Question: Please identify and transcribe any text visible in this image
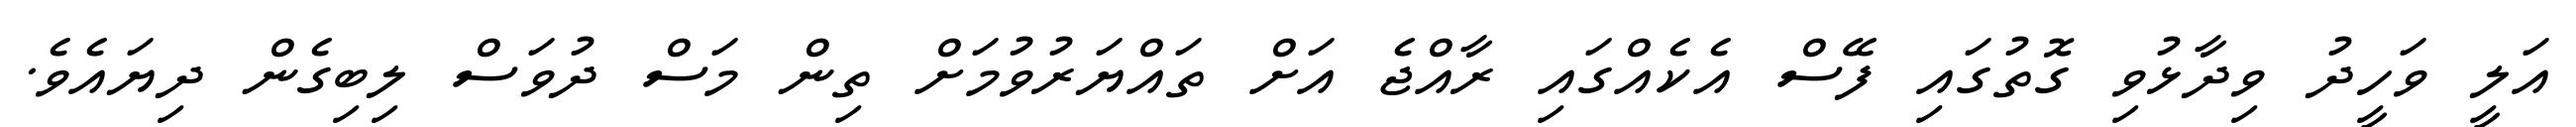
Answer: އަލީ ވަހީދު ވިދާޅުވި ގޮތުގައި ފޭސް އެކެއްގައި ރާއްޖެ އަށް ތައްޔަރުވުމަށް ތިން މަސް ދުވަސް ލިބިގެން ދިޔައެވެ.